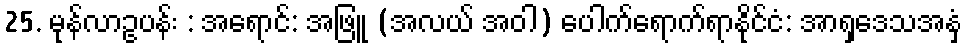
25. မုန်လာဥပန်း : အရောင်: အဖြူ (အလယ် အဝါ) ပေါက်ရောက်ရာနိုင်ငံ: အာရှဒေသအနှံ့